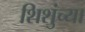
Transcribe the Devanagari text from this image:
शिशुंच्या